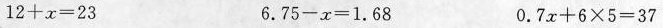
$$1 2 + x = 2 3$$ $$6 . 7 5 - x = 1 . 6 8$$ $$0 . 7 x + 6 × 5 = 3 7$$